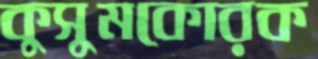
কুসুমকোরক